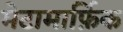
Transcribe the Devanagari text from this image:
मेटामार्फ़िक